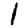
Digit: 1